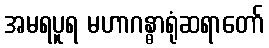
အမရပူရ မဟာဂန္ဓာရုံဆရာတော်